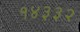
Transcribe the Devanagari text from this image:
१४३३२